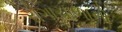
રોગાચાળાનો